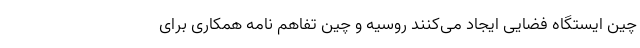
چین ایستگاه فضایی ایجاد می‌کنند روسیه و چین تفاهم نامه همکاری برای